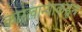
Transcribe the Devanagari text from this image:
कारखान्याकडून